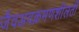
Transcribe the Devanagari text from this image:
जैवअवक्रमणशीलती